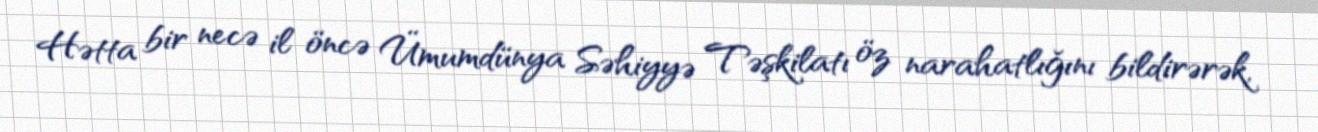
Hətta bir necə il öncə Ümumdünya Səhiyyə Təşkilatı öz narahatlığını bildirərək,